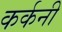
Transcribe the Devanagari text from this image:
कर्कनी